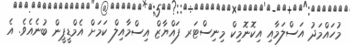
މުހައްމަދު އަސްލަމާއި އިކޮނޮޮމިކް މިނިސްޓަރ ފައްޔާޒް އިސްމާއިލް ކަމަށް އެމްޑީޕީން ބުނެއެވެ. އެ